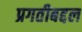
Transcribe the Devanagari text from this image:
प्रगतीबद्दल